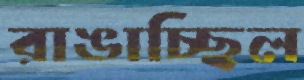
রাঙাচ্ছিল